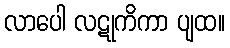
လာပေါ လဋုကိကာ ပျထ။